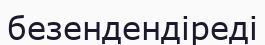
безендендіреді